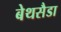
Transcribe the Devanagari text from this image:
बेथसैडा